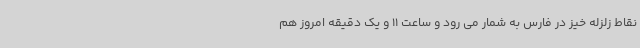
نقاط زلزله خیز در فارس به شمار می رود و ساعت 11 و یک دقیقه امروز هم